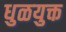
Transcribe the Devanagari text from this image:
धुळयुक्त